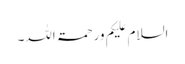
السلام علیکم ورحمۃ اللہ۔